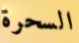
السحرة